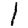
Digit: 1